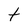
Character: t